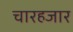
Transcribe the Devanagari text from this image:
चारहजार